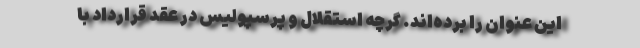
این عنوان را برده‌اند. گرچه استقلال و پرسپولیس در عقد قرارداد با